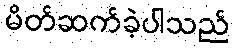
မိတ်ဆက်ခဲ့ပါသည်